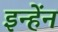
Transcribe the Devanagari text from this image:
इन्हेंन